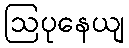
ဩပုနေယျ